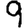
Digit: 9